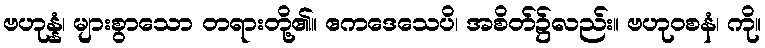
ဗဟုန္နံ၊ များစွာသော တရားတို့၏။ ဧကဒေသေပိ၊ အစိတ်၌လည်း။ ဗဟုဝစနံ၊ ကို။